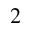
^ 2